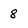
Character: 8